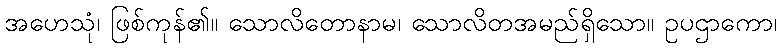
အဟေသုံ၊ ဖြစ်ကုန်၏။ သောလိတောနာမ၊ သောလိတအမည်ရှိသော။ ဥပဌာကော၊